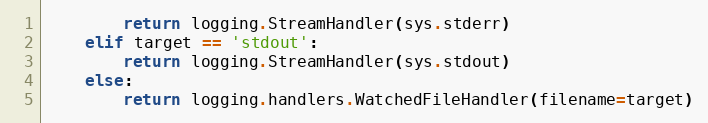
Language: Python
        return logging.StreamHandler(sys.stderr)
    elif target == 'stdout':
        return logging.StreamHandler(sys.stdout)
    else:
        return logging.handlers.WatchedFileHandler(filename=target)